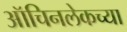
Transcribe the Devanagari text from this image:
ऑचिनलेकच्या